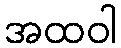
အထဝါ